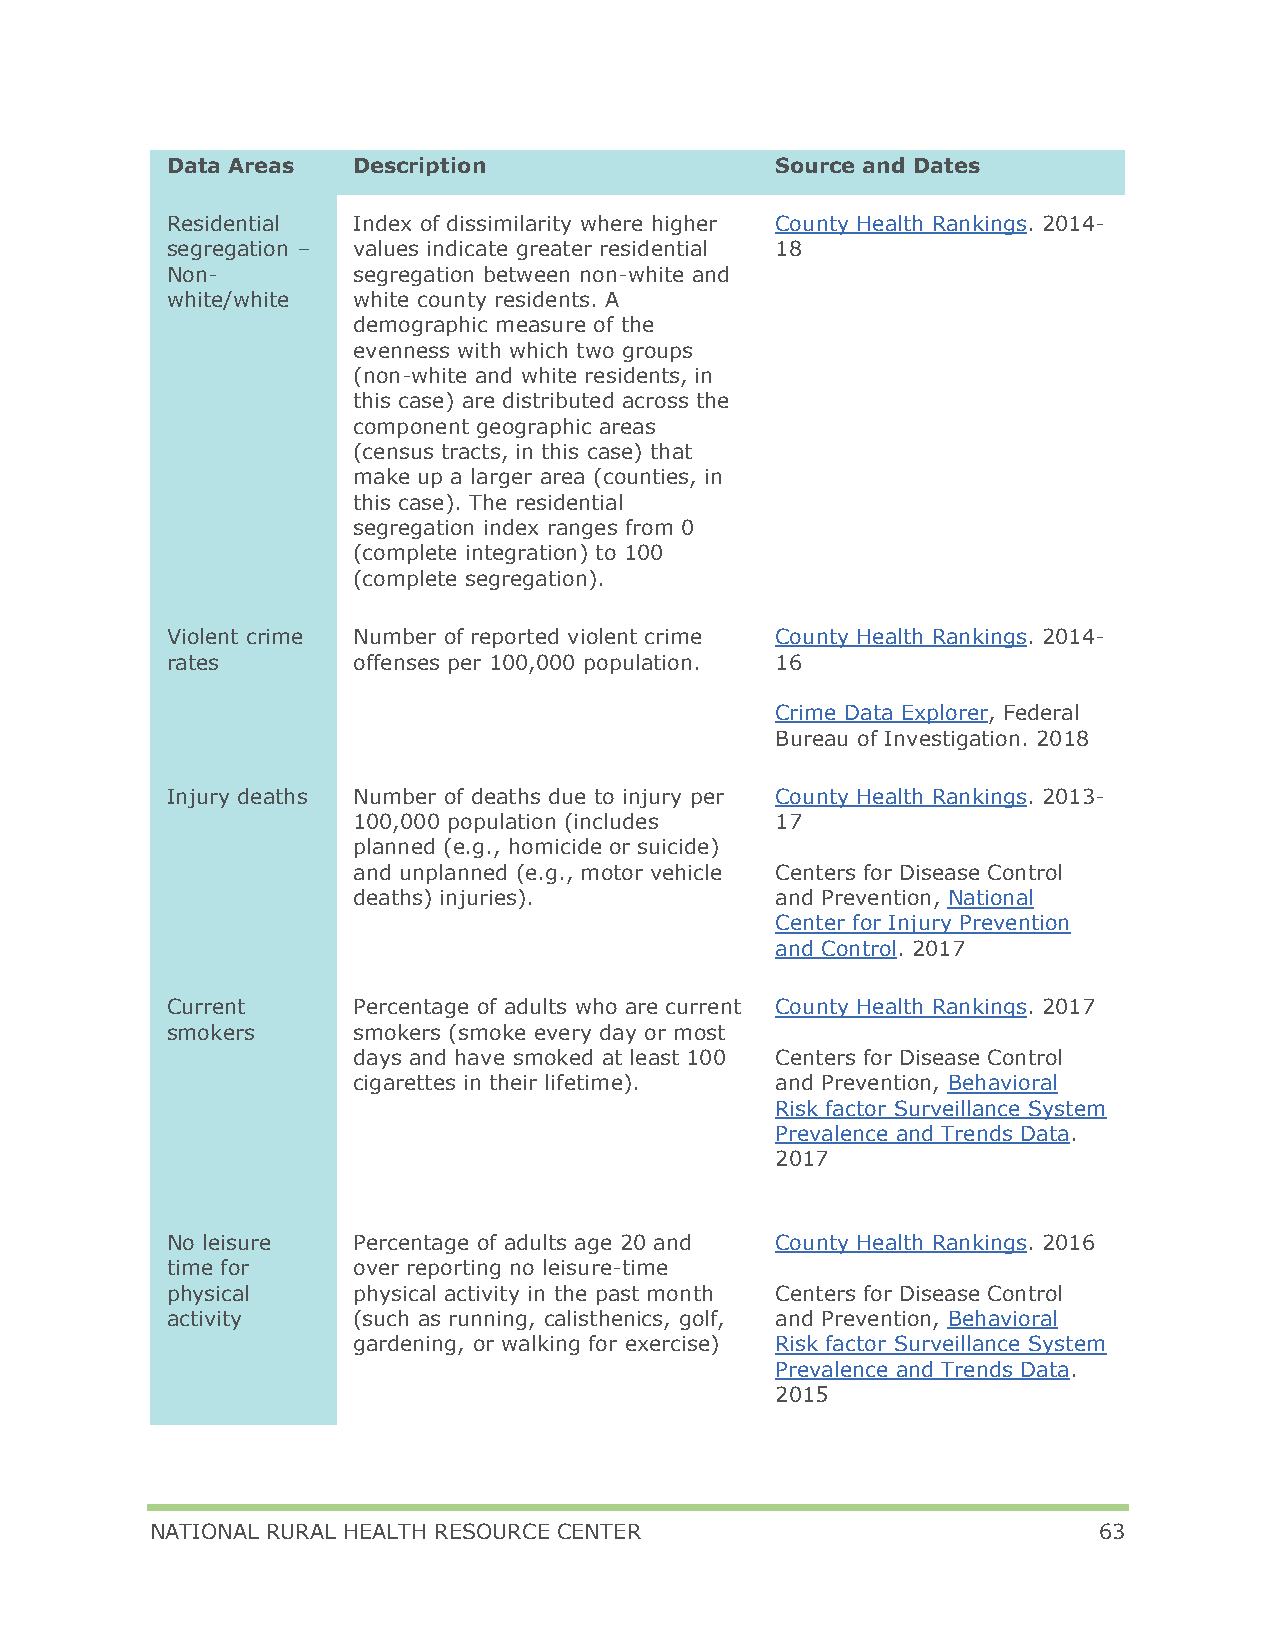
Data Areas  Description                 Source and Dates
 Residential Index of dissimilarity where higher County Health Rankings. 2014-
 segregation – values indicate greater residential 18
 Non-        segregation between non-white and
 white/white white county residents. A
 demographic measure of the
 evenness with which two groups
 (non-white and white residents, in
 this case) are distributed across the
 component geographic areas
 (census tracts, in this case) that
 make up a larger area (counties, in
 this case). The residential
 segregation index ranges from 0
 (complete integration) to 100
 (complete segregation).
 Violent crime Number of reported violent crime County Health Rankings. 2014-
 rates       offenses per 100,000 population. 16
 Crime Data Explorer, Federal
 Bureau of Investigation. 2018
 Injury deaths Number of deaths due to injury per County Health Rankings. 2013-
 100,000 population (includes 17
 planned (e.g., homicide or suicide)
 and unplanned (e.g., motor vehicle Centers for Disease Control
 deaths) injuries).          and Prevention, National
 Center for Injury Prevention
 and Control. 2017
 Current     Percentage of adults who are current County Health Rankings. 2017
 smokers     smokers (smoke every day or most
 days and have smoked at least 100 Centers for Disease Control
 cigarettes in their lifetime). and Prevention, Behavioral
 Risk factor Surveillance System
 Prevalence and Trends Data.
 2017
 No leisure  Percentage of adults age 20 and County Health Rankings. 2016
 time for    over reporting no leisure-time
 physical    physical activity in the past month Centers for Disease Control
 activity    (such as running, calisthenics, golf, and Prevention, Behavioral
 gardening, or walking for exercise) Risk factor Surveillance System
 Prevalence and Trends Data.
 2015
 NATIONAL RURAL HEALTH RESOURCE CENTER                          63